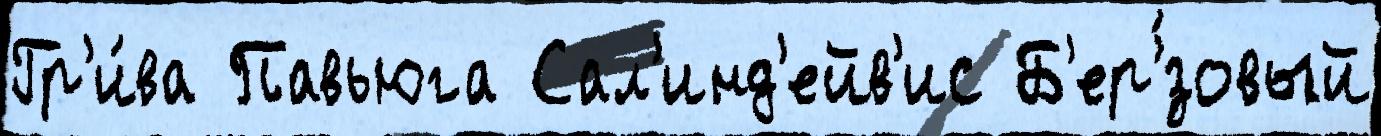
Гр'и́ва Павьюга Сал'инд'ейв'ис Б'ер'́зовый